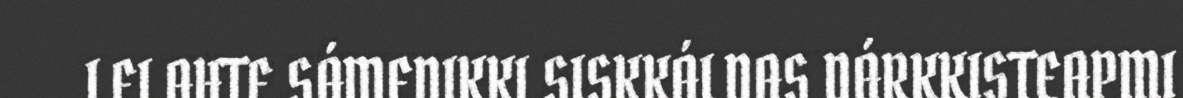
LEI AHTE SÁMEDIKKI SISKKÁLDAS DÁRKKISTEAPMI